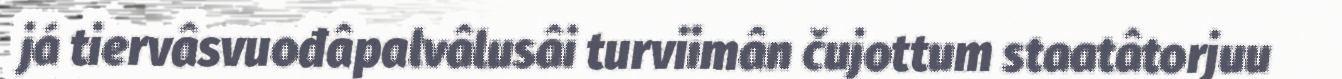
já tiervâsvuođâpalvâlusâi turviimân čujottum staatâtorjuu